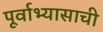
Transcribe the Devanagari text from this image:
पूर्वाभ्यासाची